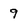
Character: 9